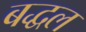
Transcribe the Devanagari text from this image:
बद्धल